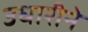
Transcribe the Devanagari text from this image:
उधारीने